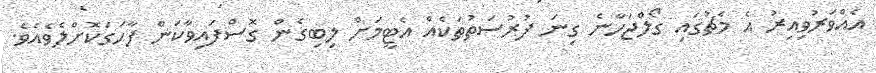
އެއްވަރުވިއިރު އެ މެޗުގައި ގޯލްޖަހާނެ ގިނަ ފުރުސަތުތަކެއް އެޓީމަށް ލިބިގެން ގޮސްފައިވާކަން ފާހަަގަކޮށްލެވެއެވެ.